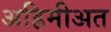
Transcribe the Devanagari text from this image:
अहिमीअत